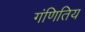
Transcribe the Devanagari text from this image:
गंणितिय